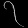
Digit: ၇